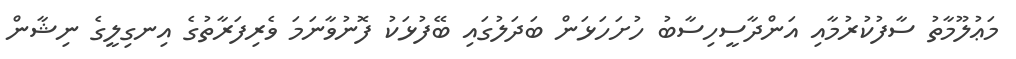
މަޢުލޫމާތު ސާފުކުރުމާއި އަންދާސީހިސާބު ހުށަހަޅަން ބަދަލުގައި ބޭފުޅަކު ފޮނުވާނަމަ ވެރިފަރާތުގެ އިނގިލީގެ ނިޝާން